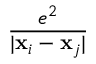
\frac { e ^ { 2 } } { | \mathbf { x } _ { i } - \mathbf { x } _ { j } | }